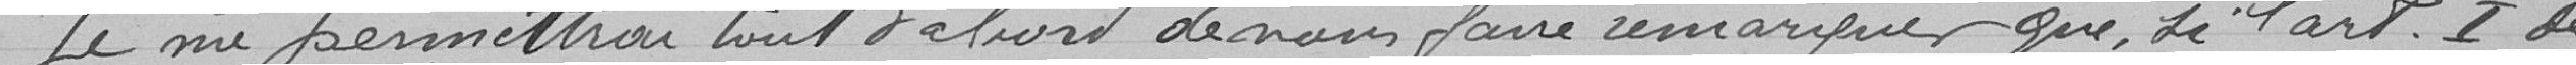
Je me permettrait tout d'abord de nous faire remarquer que, si l'article I de